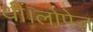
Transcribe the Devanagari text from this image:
थीं।लोपेज़